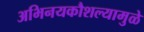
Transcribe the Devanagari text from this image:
अभिनयकौशल्यामुळे